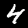
Label: 4